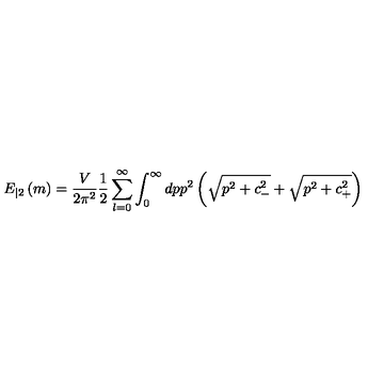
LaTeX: E _ { | 2 } \left( m \right) = \frac V { 2 \pi ^ { 2 } } \frac 1 2 \sum _ { l = 0 } ^ { \infty } \int _ { 0 } ^ { \infty } d p p ^ { 2 } \left( \sqrt { p ^ { 2 } + c _ { - } ^ { 2 } } + \sqrt { p ^ { 2 } + c _ { + } ^ { 2 } } \right)